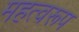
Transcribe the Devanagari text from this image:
महत्वरूप